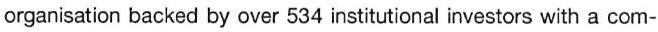
organisation backed by over 534 institutional investors with a com-